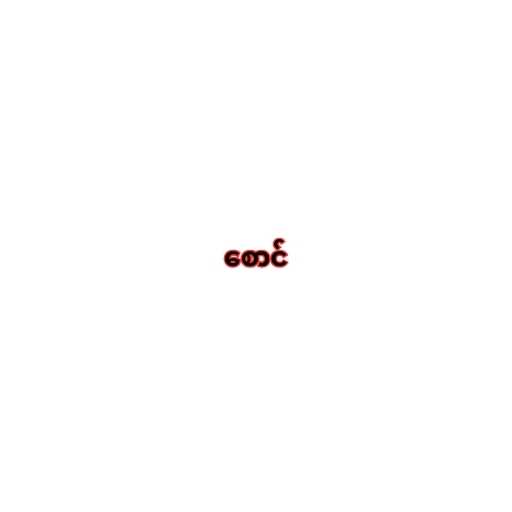
စောင်